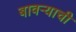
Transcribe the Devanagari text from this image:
बावऱ्याची